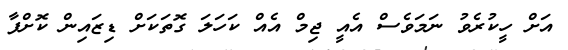
އަށް ހީކުރެވުު ނަމަވެސް އެއީ ޖިމް އެއް ކަހަލަ ގޮތަކަށް ޑިޒައިން ކޮށްފާ